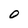
Character: O